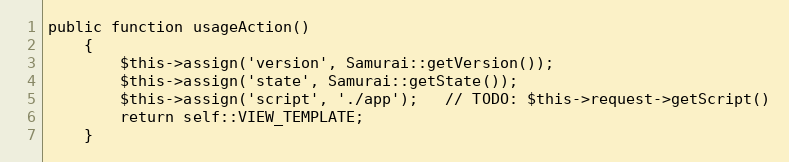
Language: PHP
public function usageAction()
    {
        $this->assign('version', Samurai::getVersion());
        $this->assign('state', Samurai::getState());
        $this->assign('script', './app');   // TODO: $this->request->getScript()
        return self::VIEW_TEMPLATE;
    }